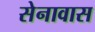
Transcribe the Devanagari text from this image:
सेनावास